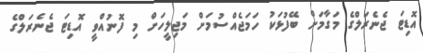
އޮޑިޓަ ޖެނެރަލްގެ މަގާމަށް ބޭފުޅަކު ހަމަޖެއްސުމަށް މަޖިލީހަށް މި ފޮނުއްވީ އޮޑިޓަ ޖެނެރަލްގެ